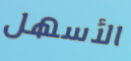
الأسهل